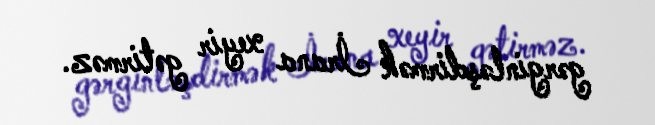
gərginləşdirmək İrana xeyir gətirməz.